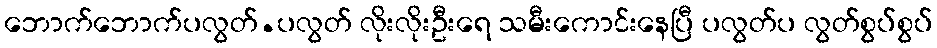
ဘောက်ဘောက်ပလွတ်.ပလွတ် လိုးလိုးဦးရေ သမီးကောင်းနေပြီ ပလွတ်ပ လွတ်စွပ်စွပ်